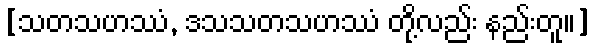
[သတသဟဿံ, ဒသသတသဟဿံ တို့လည်း နည်းတူ။]